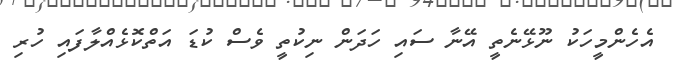
އެހެންމީހަކު ނޫޅޭނެތީ އޭނާ ސައި ހަދަން ނިކުތީ ވެސް ކުޑަ އަތްކޮޅެއްލާފައި ހުރި